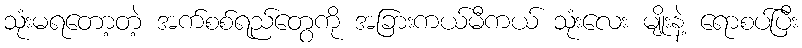
သုံးမရတော့တဲ့ အက်စစ်ရည်တွေကို အခြားကယ်မီကယ် သုံးလေး မျိုးနဲ့ ရောစပ်ပြီး